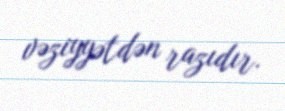
vəziyyətdən razıdır.